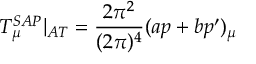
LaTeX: T _ { \mu } ^ { S A P } | _ { A T } = \frac { 2 \pi ^ { 2 } } { ( 2 \pi ) ^ { 4 } } ( a p + b p ^ { \prime } ) _ { \mu }